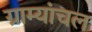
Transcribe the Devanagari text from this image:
ग्राम्यांचल